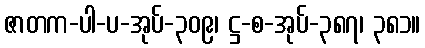
ဇာတက-ပါ-ပ-အုပ်-၃၀၉၊ ဋ္ဌ-စ-အုပ်-၃၈၇၊ ၃၈၁။